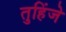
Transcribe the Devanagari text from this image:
तुहिंजे